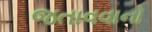
જતાવવાનો